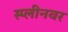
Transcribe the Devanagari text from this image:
स्प्लीनवर